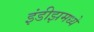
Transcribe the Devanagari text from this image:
इंडीझमध्ये